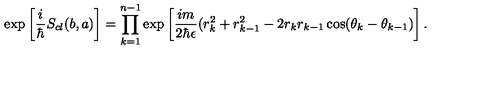
\exp \left[ \frac { i } { \hbar } S _ { c l } ( b , a ) \right] = \prod _ { k = 1 } ^ { n - 1 } \exp \left[ \frac { i m } { 2 \hbar \epsilon } ( r _ { k } ^ { 2 } + r _ { k - 1 } ^ { 2 } - 2 r _ { k } r _ { k - 1 } \cos ( \theta _ { k } - \theta _ { k - 1 } ) \right] .